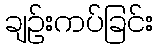
ချဉ်းကပ်ခြင်း